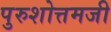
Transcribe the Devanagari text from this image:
पुरुशोत्तमजी